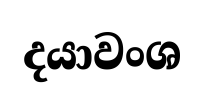
දයාවංශ